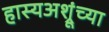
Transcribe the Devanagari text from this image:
हास्यअश्रूंच्या